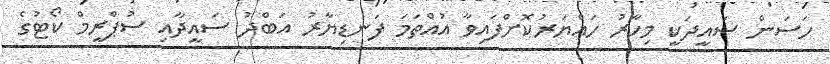
ހަސަން ސައީދަކީ މިހާރު ހައްޔަރުކޮށްފައިވާ އުއްތަމަ ފަނޑިޔާރު އަބްދު ސައީދާއި ސުޕްރީމް ކޯޓުގެ